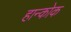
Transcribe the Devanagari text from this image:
हान्कोक